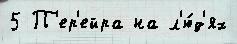
5 П'ер'ейра на л'ю́д'ях